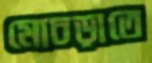
মোচড়াতে